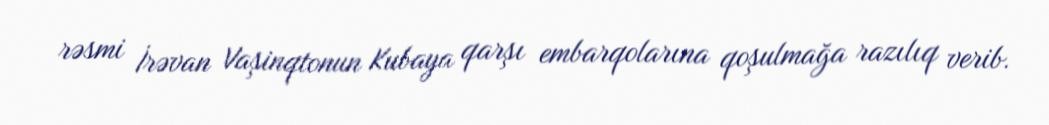
rəsmi İrəvan Vaşinqtonun Kubaya qarşı embarqolarına qoşulmağa razılıq verib.